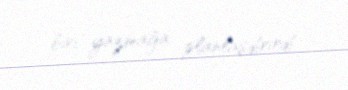
biri yazmağa planlaşdırırdı.